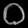
Digit: ၀